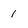
Character: 1